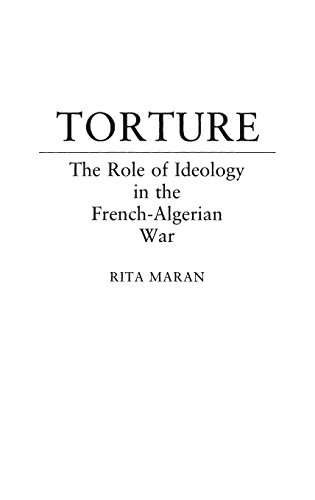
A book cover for Torture: The Role of Ideology in the French-Algerian War; Rita Maran; History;